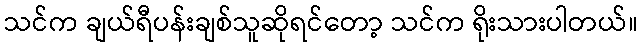
သင်က ချယ်ရီပန်းချစ်သူဆိုရင်တော့ သင်က ရိုးသားပါတယ်။